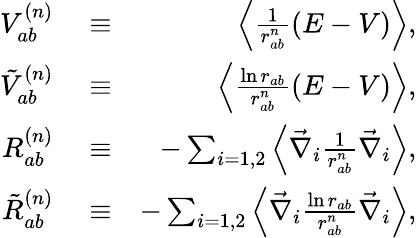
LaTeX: \begin{array}{rlr}{V_{ab}^{(n)}}&{{}\equiv}&{\left\langle\frac{1}{r_{ab}^{n}}(E-V)\right\rangle,}\\ {\tilde{V}_{ab}^{(n)}}&{{}\equiv}&{\left\langle\frac{\ln r_{ab}}{r_{ab}^{n}}(E-V)\right\rangle,}\\ {R_{ab}^{(n)}}&{{}\equiv}&{-\sum_{i=1,2}\left\langle\vec{\nabla}_{i}\frac{1}{r_{ab}^{n}}\vec{\nabla}_{i}\right\rangle,}\\ {\tilde{R}_{ab}^{(n)}}&{{}\equiv}&{-\sum_{i=1,2}\left\langle\vec{\nabla}_{i}\frac{\ln r_{ab}}{r_{ab}^{n}}\vec{\nabla}_{i}\right\rangle,}\end{array}